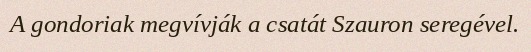
A gondoriak megvívják a csatát Szauron seregével.